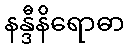
နန္ဒီနိရောဓာ